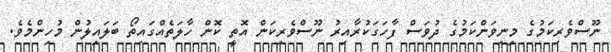
ނޫސްވެރިކަމުގެ މިނިވަންކަަމުގެ ދުވަސް ފާހަގަކުރާއިރު ނޫސްވެރިކަން އޮތީ ކޮން ހާލަތެއްގަައިތޯ ބަލައިލުން މުހިންމެވެ.